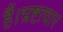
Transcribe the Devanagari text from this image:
हैं।भ्रष्टाचार